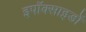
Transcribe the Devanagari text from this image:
इपॉक्साइडों